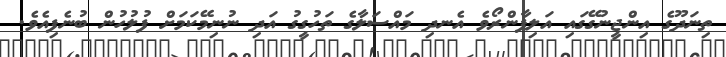
ތިނަދޫގެ އިންޖީނުގޭގައި އަލިފާންރޯވެ އެނދި މައްސަލާގެ ތަހުގީގު އަދި ނުނިމޭކަމަށް ފުލުހުން ބުނެފިއެވެ.